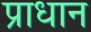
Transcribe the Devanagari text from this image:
प्राधान